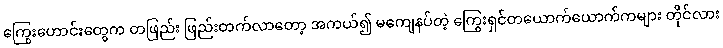
ကြွေးဟောင်းတွေက တဖြည်း ဖြည်းတက်လာတော့ အကယ်၍ မကျေနပ်တဲ့ ကြွေးရှင်တယောက်ယောက်ကများ တိုင်လား